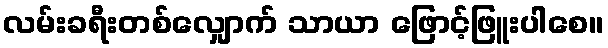
လမ်းခရီးတစ်လျှောက် သာယာ ဖြောင့်ဖြူးပါစေ။